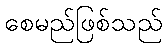
စေမည်ဖြစ်သည်